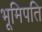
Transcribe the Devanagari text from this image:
भूमिपति